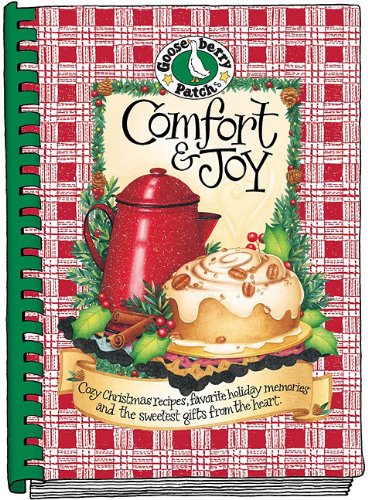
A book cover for Comfort & Joy Cookbook (Seasonal Cookbook Collection); Gooseberry Patch; Cookbooks, Food & Wine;